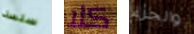
سلسة كلا والجزء